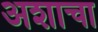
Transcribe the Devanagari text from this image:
अशाचा